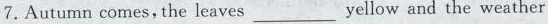
7. Autumn comes, the leaves ___ yellow and the weather